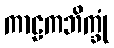
ကာဠကဘိက္ခုံ